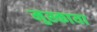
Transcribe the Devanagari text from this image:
मुस्काया